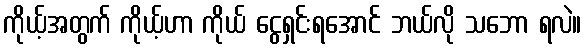
ကိုယ့်အတွက် ကိုယ့်ဟာ ကိုယ် ငွေရှင်းရအောင် ဘယ်လို သဘော ရလဲ။